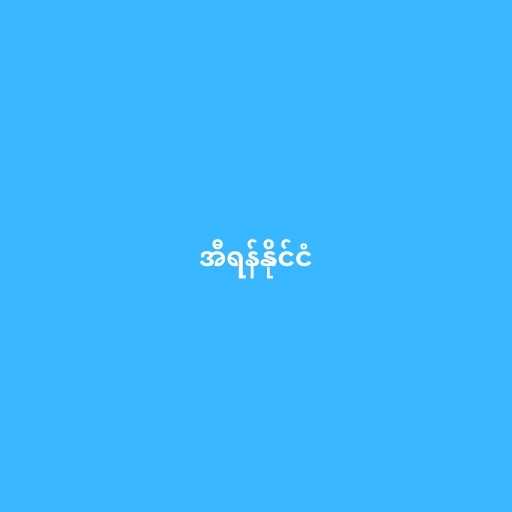
အီရန်နိုင်ငံ